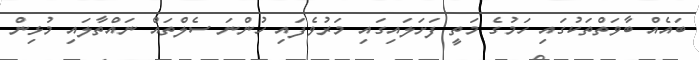
ބައެއް ބާވަތްތަކުގައި ހަމުގެ މަތީ ފަށަލައިގައި މަރުވެފައި ހުންނަ ސެލްތައް ނައްތާލައި މުޅިން